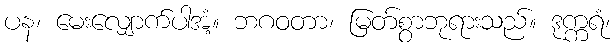
ပန၊ မေးလျှောက်ပါအံ့။ ဘဂဝတာ၊ မြတ်စွာဘုရားသည်။ ဒုက္ကရံ၊